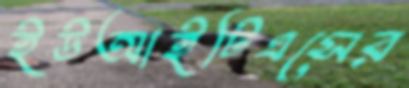
ইউআইটিএসের